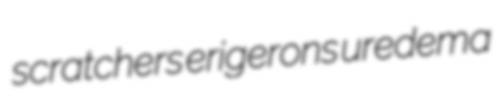
scratchers erigerons uredema